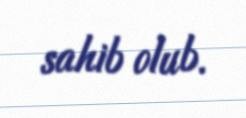
sahib olub.